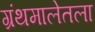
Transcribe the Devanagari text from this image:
ग्रंथमालेतला